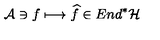
{ \cal A } \ni f \longmapsto \widehat { f } \in E n d ^ { * } { \cal H }